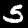
Digit: 5